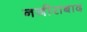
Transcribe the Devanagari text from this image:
नजीराबाद